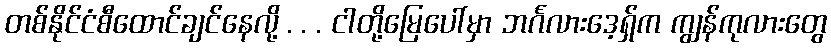
တစ်နိုင်ငံစီထောင်ချင်နေလို့ . . . ငါတို့မြေပေါ်မှာ ဘင်္ဂလားဒေ့ရှ်က ကျွန်ကုလားတွေ